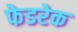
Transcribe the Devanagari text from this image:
फेडरेक